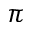
\pi